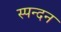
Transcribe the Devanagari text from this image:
स्‍पन्‍दन